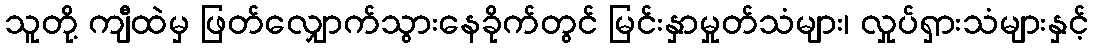
သူတို့ ကျီထဲမှ ဖြတ်လျှောက်သွားနေခိုက်တွင် မြင်းနှာမှုတ်သံများ၊ လှုပ်ရှားသံများနှင့်